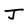
Character: J